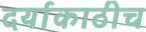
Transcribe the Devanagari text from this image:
दर्याकाठीच